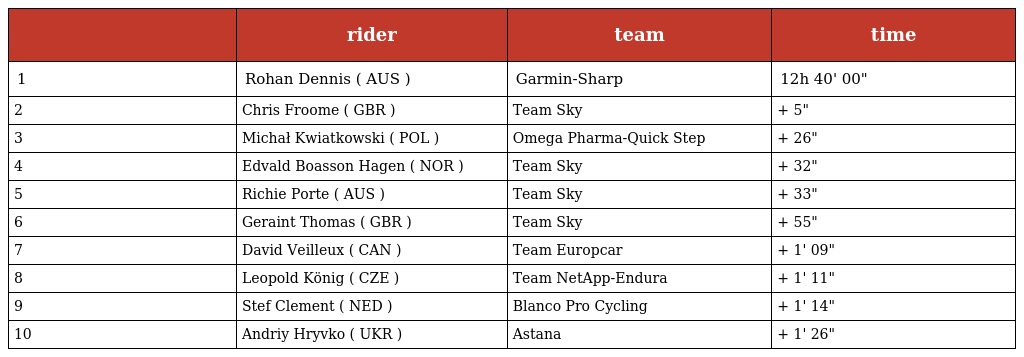
|  | rider | team | time |
 | --- | --- | --- | --- |
 | 1 | Rohan Dennis ( AUS ) | Garmin-Sharp | 12h 40' 00" |
 | 2 | Chris Froome ( GBR ) | Team Sky | + 5" |
 | 3 | Michał Kwiatkowski ( POL ) | Omega Pharma-Quick Step | + 26" |
 | 4 | Edvald Boasson Hagen ( NOR ) | Team Sky | + 32" |
 | 5 | Richie Porte ( AUS ) | Team Sky | + 33" |
 | 6 | Geraint Thomas ( GBR ) | Team Sky | + 55" |
 | 7 | David Veilleux ( CAN ) | Team Europcar | + 1' 09" |
 | 8 | Leopold König ( CZE ) | Team NetApp-Endura | + 1' 11" |
 | 9 | Stef Clement ( NED ) | Blanco Pro Cycling | + 1' 14" |
 | 10 | Andriy Hryvko ( UKR ) | Astana | + 1' 26" |